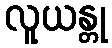
လူယန္တု